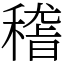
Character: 𥡴